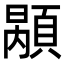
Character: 𩓷